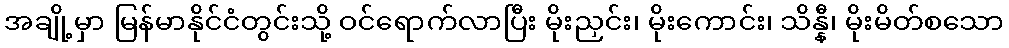
အချို့မှာ မြန်မာနိုင်ငံတွင်းသို့ ဝင်ရောက်လာပြီး မိုးညှင်း၊ မိုးကောင်း၊ သိန္နီ၊ မိုးမိတ်စသော